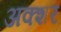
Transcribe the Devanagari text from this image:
अक्शर